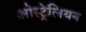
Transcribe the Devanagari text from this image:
ओस्ट्रेलियन